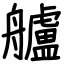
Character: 艫